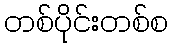
တစ်ပိုင်းတစ်စ